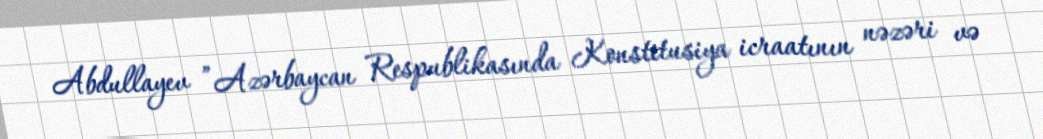
Abdullayev ”Azərbaycan Respublikasında Konstitusiya icraatının nəzəri və